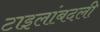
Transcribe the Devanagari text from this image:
टाइलांबदली